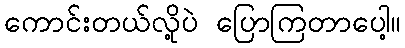
ကောင်းတယ်လို့ပဲ ပြောကြတာပေါ့။